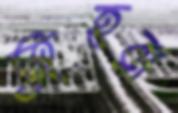
তুহরা